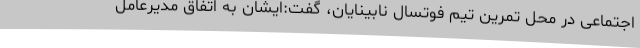
اجتماعی در محل تمرین تیم فوتسال نابینایان، گفت:ایشان به اتفاق مدیرعامل